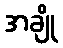
အချို